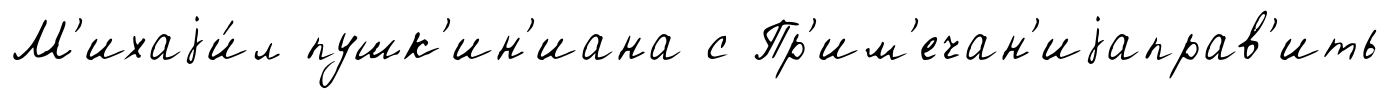
М'ихаjи́л пушк'ин'иана с Пр'им'ечан'иjаправ'ить